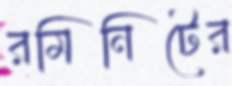
রমিনিটের